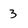
Character: 3